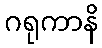
ဂရုကာနိ